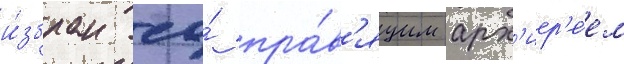
и́збран ео́ пра́в'ящим арх'иер'е́ем